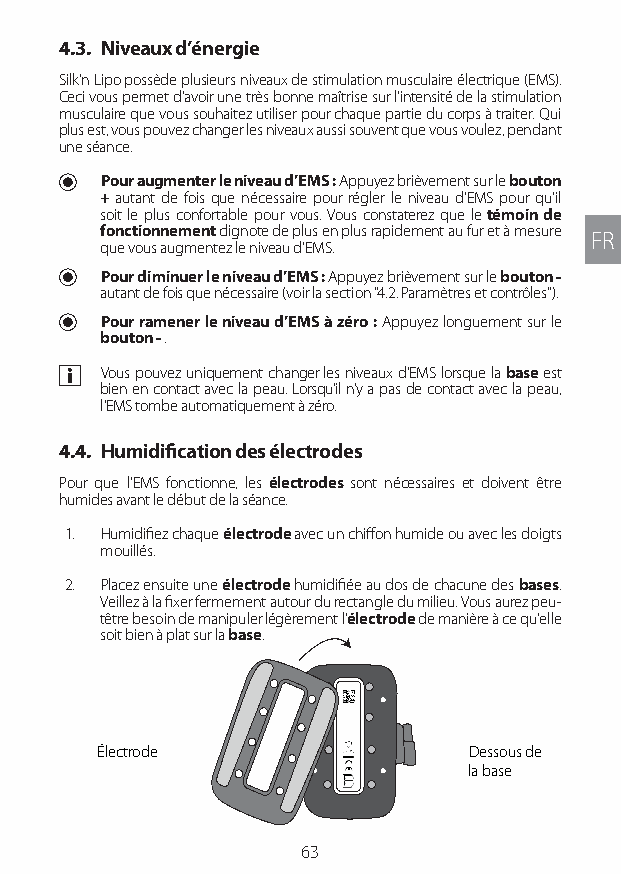
4.3. Niveaux d’énergie
 Silk'n Lipo possède plusieurs niveaux de stimulation musculaire électrique (EMS).
 Ceci vous permet d’avoir une très bonne maîtrise sur l’intensité de la stimulation
 musculaire que vous souhaitez utiliser pour chaque partie du corps à traiter. Qui
 plus est, vous pouvez changer les niveaux aussi souvent que vous voulez, pendant
 une séance.
 U Pour augmenter le niveau d’EMS : Appuyez brièvement sur le bouton
 + autant de fois que nécessaire pour régler le niveau d’EMS pour qu’il
 soit le plus confortable pour vous. Vous constaterez que le témoin de
 fonctionnement clignote de plus en plus rapidement au fur et à mesure FR
 que vous augmentez le niveau d’EMS.
 U Pour diminuer le niveau d’EMS : Appuyez brièvement sur le bouton -
 autant de fois que nécessaire (voir la section "4.2. Paramètres et contrôles").
 U Pour ramener le niveau d’EMS à zéro : Appuyez longuement sur le
 bouton - .
 a Vous pouvez uniquement changer les niveaux d’EMS lorsque la base est
 bien en contact avec la peau. Lorsqu’il n’y a pas de contact avec la peau,
 l’EMS tombe automatiquement à zéro.
 4.4. Humidification des électrodes
 Pour que l’EMS fonctionne, les électrodes sont nécessaires et doivent être
 humides avant le début de la séance.
 1. Humidifiez chaque électrode avec un chiffon humide ou avec les doigts
 mouillés.
 2. Placez ensuite une électrode humidifiée au dos de chacune des bases.
 Veillez à la fixer fermement autour du rectangle du milieu. Vous aurez peu-
 têtre besoin de manipuler légèrement l’électrode de manière à ce qu’elle
 soit bien à plat sur la base.
 Électrode                Dessous de
 la base
 63
 Lipo UM EU124 3545B inside ALL EU124 ED296-24 release.indd 63 14/08/2018 10:57:36